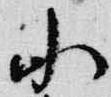
小